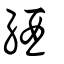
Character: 綇